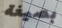
بصيغة